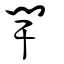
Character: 閈